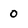
Character: 0